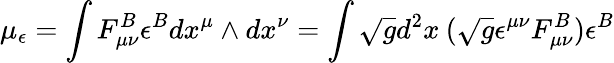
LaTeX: \mu_{\epsilon}=\int F_{\mu\nu}^{B}\epsilon^{B}dx^{\mu}\wedge dx^{\nu}=\int\sqrt{g}d^{2}x\: (\sqrt{g}\epsilon^{\mu\nu}F_{\mu\nu}^{B})\epsilon^{B}